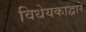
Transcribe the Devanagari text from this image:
विधेयकाद्वारे